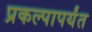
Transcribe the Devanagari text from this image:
प्रकल्पापर्यंत